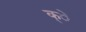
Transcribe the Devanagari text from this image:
क्े